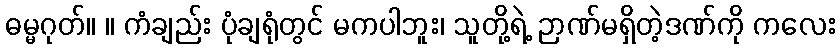
ဓမ္မဂုတ်။ ။ ကံချည်း ပုံချရုံတွင် မကပါဘူး၊ သူတို့ရဲ့ ဉာဏ်မရှိတဲ့ဒဏ်ကို ကလေး